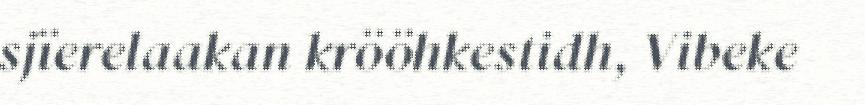
sjïerelaakan krööhkestidh, Vibeke